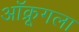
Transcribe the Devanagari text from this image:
ऑक्रूगला